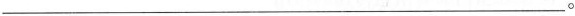
___。